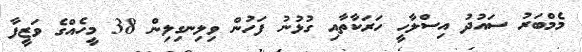
މެމްބަރު ސައުދު އިސްލާހީ ހަރަކާތާއި ގުޅުނު ފަހުން ވިލިނގިލިން 38 މީހެއްގެ ވަޒީފާ